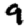
Digit: 9